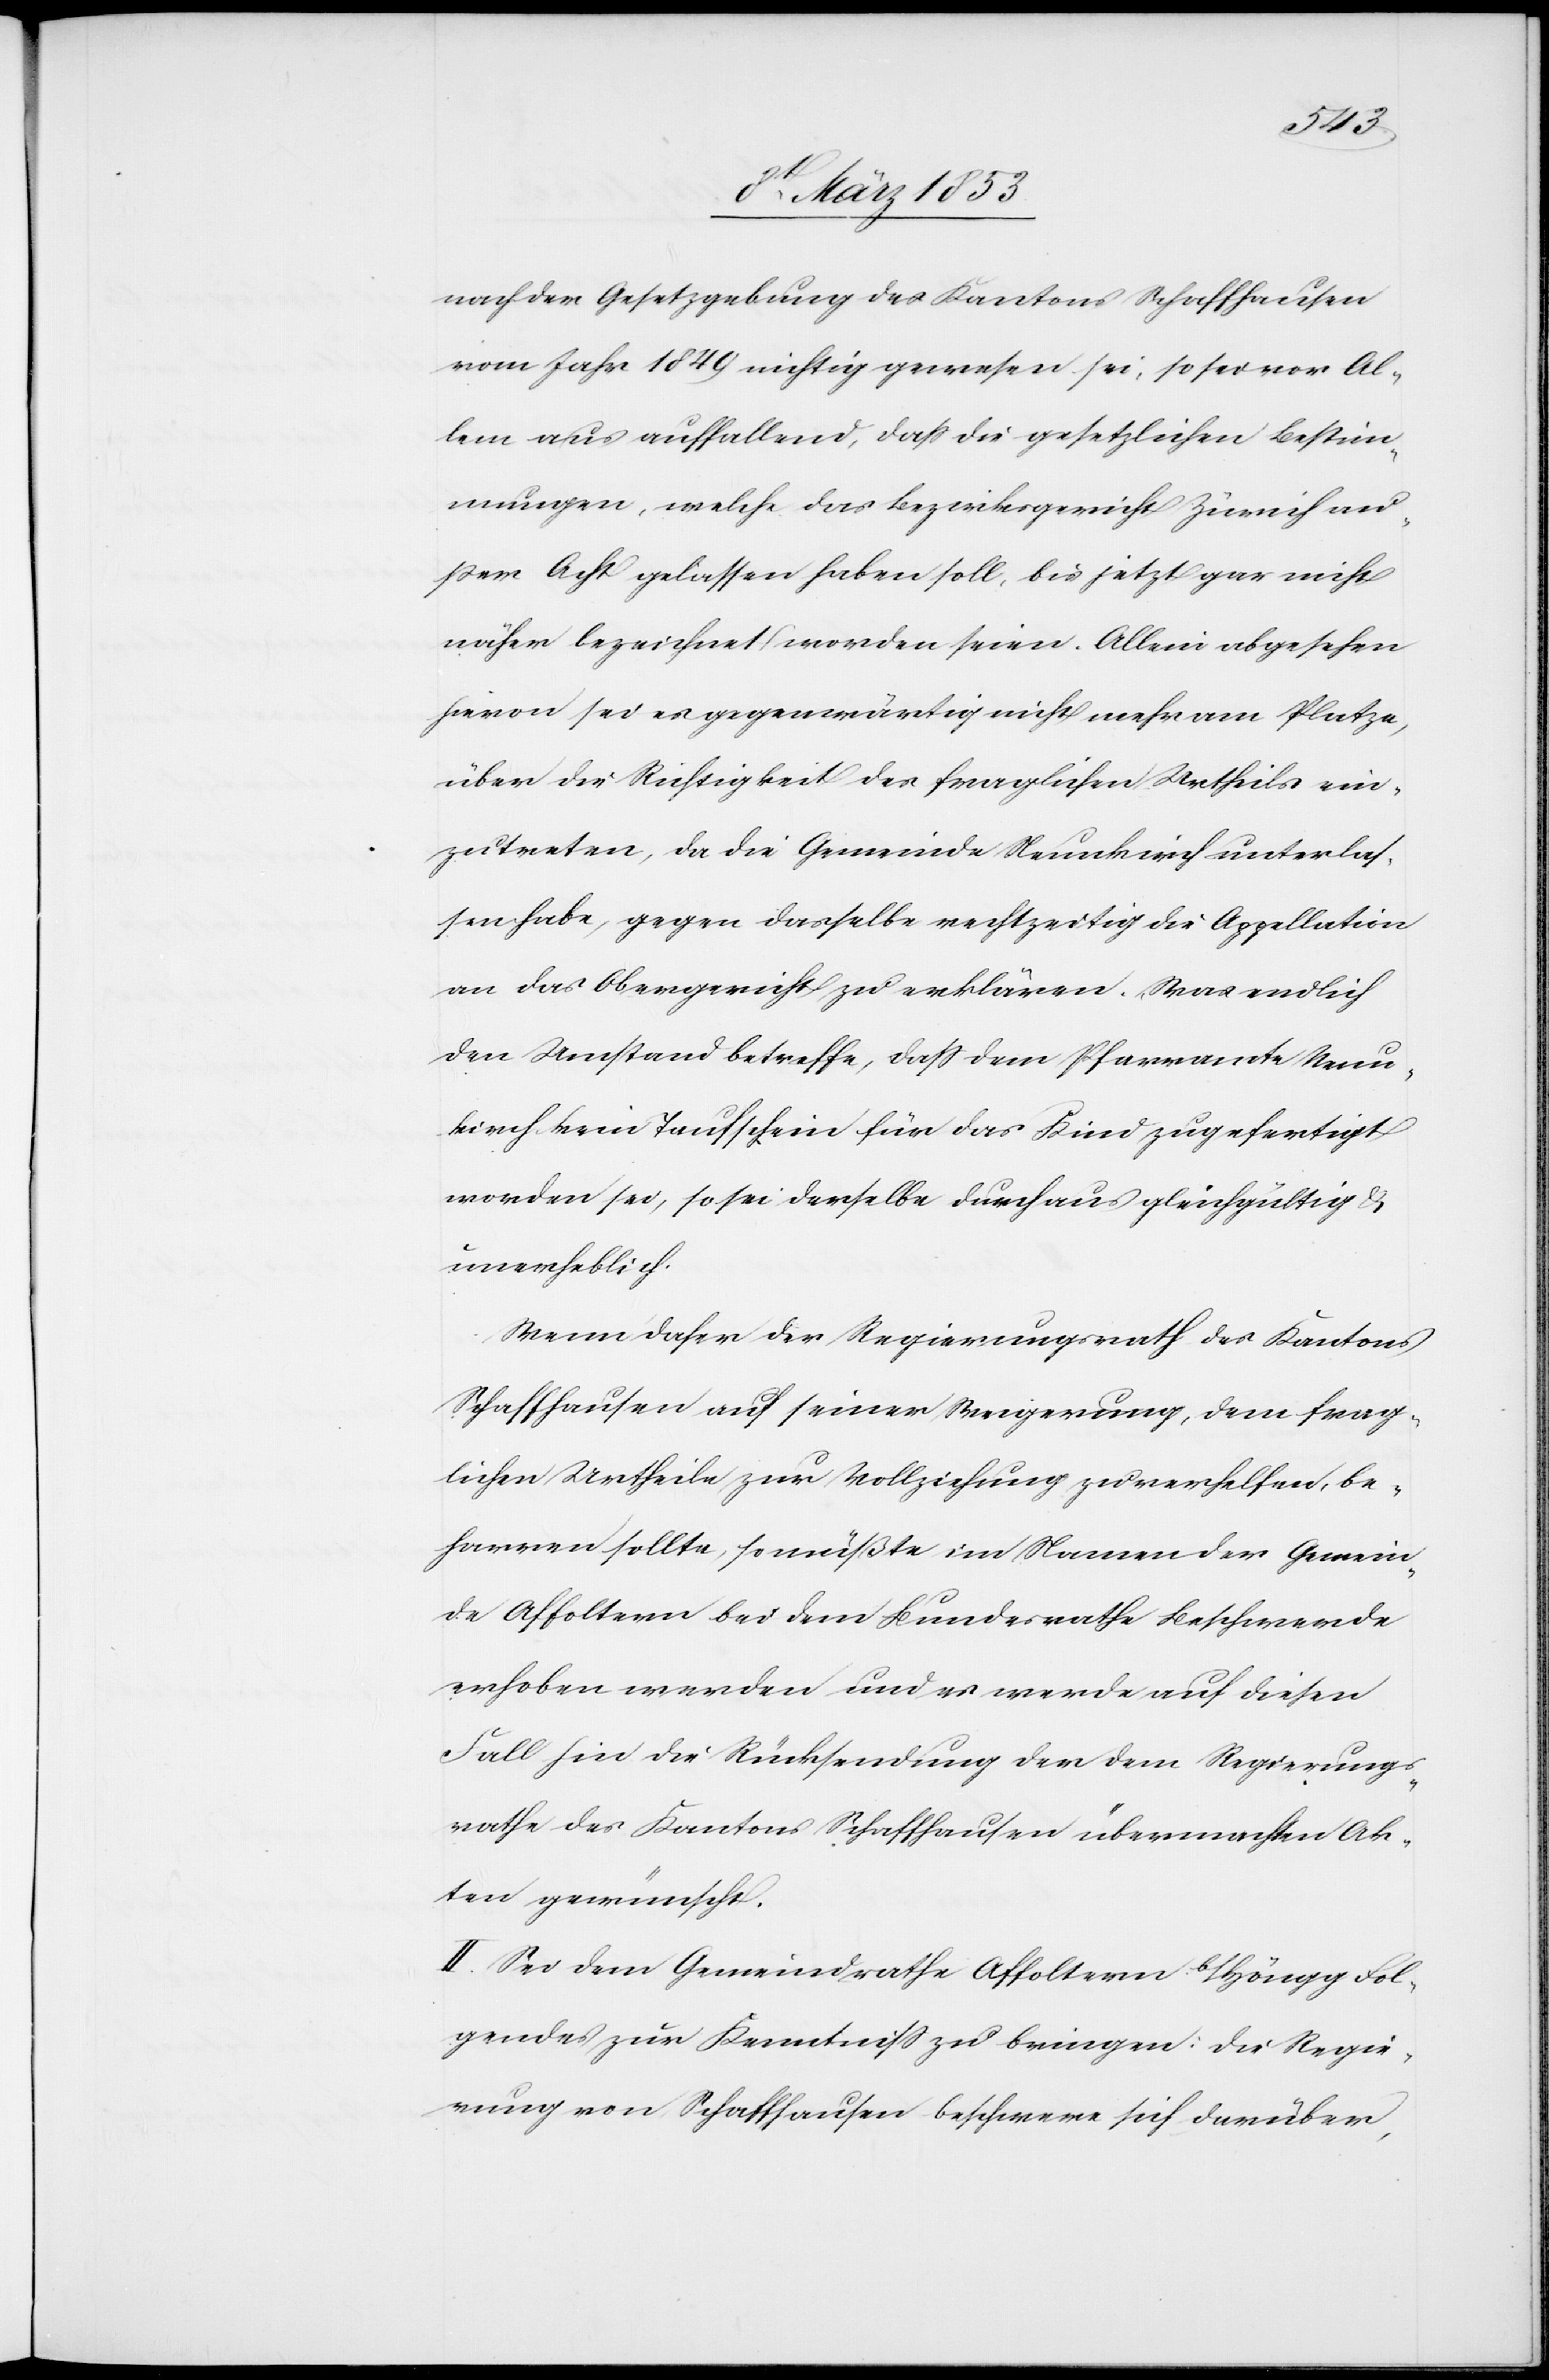
nach der Gesetzgebung des Kantons Schaffhausen
vom Jahr 1849 richtig gewesen sei, so sei vor Al¬
lem aus auffallend, daß die gesetzlichen Bestim¬
mungen, welche das Bezirksgericht Zürich au¬
ßer Acht gelassen haben soll, bis jetzt gar nicht
näher bezeichnet worden seien. Allein abgesehen
hievon sei es gegenwärtig nicht mehr am Platze,
über die Richtigkeit des fraglichen Urtheils ein¬
zutreten, da die Gemeinde Neunkirch unterlas¬
sen habe, gegen dasselbe rechtzeitig die Appellation
an das Obergericht zu erklären. Was endlich
den Umstand betreffe, daß dem Pfarramte Neun¬
kirch kein Taufschein für das Kind zugefertigt
worden sei, so sei derselbe durchaus gleichgültig & u¬
nerheblich.
Wenn daher der Regierungsrath des Kantons
Schaffhausen auf seiner Weigerung, dem frag¬
lichen Urtheile zur Vollziehung zu verhelfen, be¬
harren sollte, so müßte im Namen der Gemein¬
de Affoltern bei dem Bundesrathe Beschwerde
erhoben werden und es werde auf diesen
Fall hin die Rücksendung der dem Regierungs¬
rathe des Kantons Schaffhausen übermachten Ak¬
ten gewünscht.
II. Sei es dem Gemeindrathe Affoltern b/Höngg Fol¬
gendes zur Kenntniß zu bringen die Regie¬
rung von Schaffhausen beschwere sich darüber,